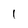
Character: 1